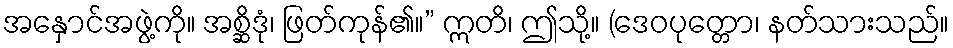
အနှောင်အဖွဲ့ကို။ အစ္ဆိဒုံ၊ ဖြတ်ကုန်၏။” ဣတိ၊ ဤသို့။ (ဒေဝပုတ္တော၊ နတ်သားသည်။